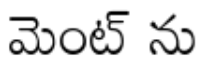
మెంట్ ను